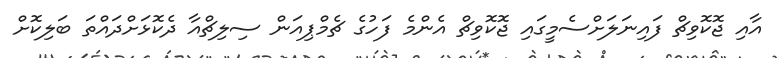
އާއި ޖޮކޮވިޗް ފައިނަލަށްސެމީގައި ޖޮކޮވިޗް އެންމެ ފަހުގެ ޗެމްޕިއަން ސިލިޗްއާ ދެކޮޅަށްދައްތަ ބަލިކޮށް